Report on the working of the Ranchi Indian Mental Hospital, Kanke, in Bihar and Orissa - 1930-1940
Year: 1930
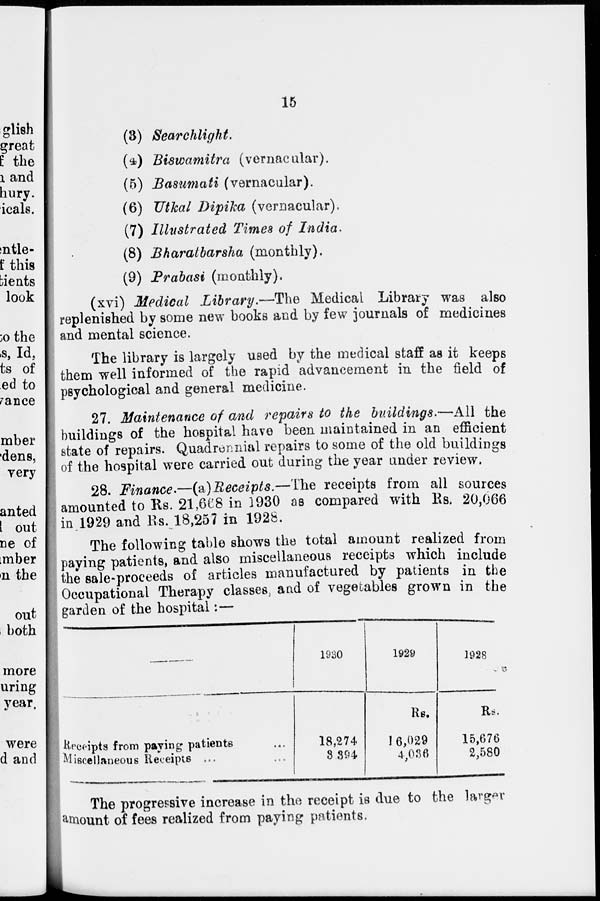
15
(3) Searchlight.
(4) Biswamitra (vernacular).
(5) Basumati (vernacular).
(6) Utkal Dipika (vernacular).
(7) Illustrated Times of India.
(8) Bharatbarsha (monthly).
(9) Prabasi (monthly).
(xvi) Medical Library.—The
Medical Library was also
replenished by some new books and by few journals of medicines
and mental science.
The library is largely used by the medical staff as it keeps
them well informed of the rapid advancement in the field of
psychological and general medicine.
27. Maintenance of and repairs to the buildings.—All the
buildings of the hospital have been maintained in an efficient
state of repairs. Quadrennial repairs to some of the old buildings
of the hospital were carried out during the year under review.
28. Finance.—(a) Receipts.—The receipts from all sources
amounted to Rs. 21,668 in 1930 as compared with Rs. 20,066
in 1929 and Rs. 18,257 in 1928.
The following table shows the total amount realized from
paying patients, and also miscellaneous receipts which include
the sale-proceeds of articles manufactured by patients in the
Occupational Therapy classes, and of vegetables grown in the
garden of the hospital:—
Receipts from paying patients ...
Miscellaneous Receipts ... ...
1930
18,274
3,394
1929
Rs.
16,029
4,036
1928
Rs.
15,676
2,580
The progressive increase in the receipt is due to the larger
amount of fees realized from paying patients.